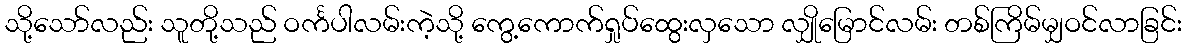
သို့သော်လည်း သူတို့သည် ဝင်္ကပါလမ်းကဲ့သို့ ကွေ့ကောက်ရှုပ်ထွေးလှသော လျှိုမြောင်လမ်း တစ်ကြိမ်မျှဝင်လာခြင်း